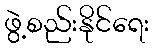
ဖွဲ့စည်းနိုင်ရေး